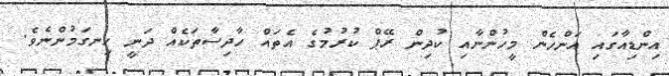
އިންޑިއާގައި އަންހެން މީހުންނާއި ކުދިން ރޭޕް ކުރުމުގެ އެތައް ހާދިސާތަކެއް ދަނީ ހިނގަމުންނެވެ.